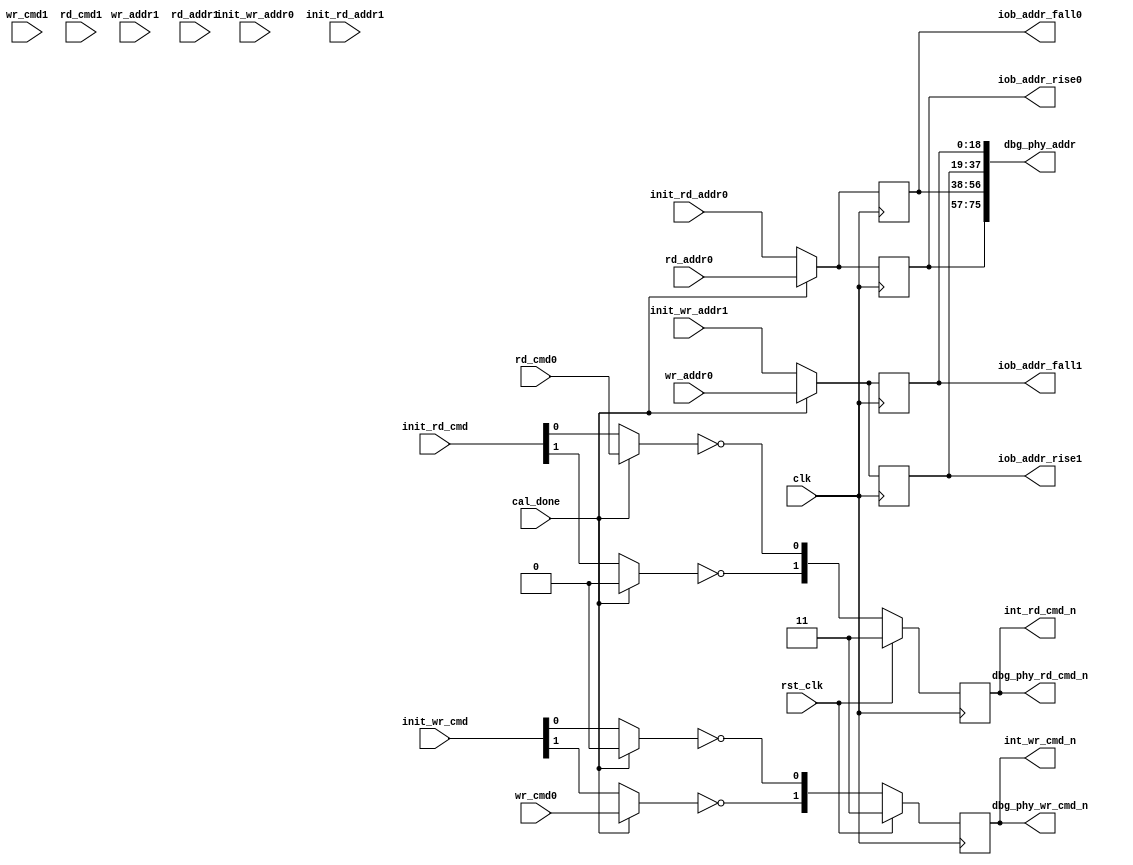
module mig_7series_v2_0_qdr_phy_write_control_io #(
  parameter BURST_LEN   = 4,      
  parameter ADDR_WIDTH  = 19,     
  parameter TCQ         = 100     
)
(
  input                           clk,              
  input                           rst_clk,       
  input                           wr_cmd0,          
  input                           wr_cmd1,          
  input       [ADDR_WIDTH-1:0]    wr_addr0,         
  input       [ADDR_WIDTH-1:0]    wr_addr1,         
  input                           rd_cmd0,          
  input                           rd_cmd1,          
  input       [ADDR_WIDTH-1:0]    rd_addr0,         
  input       [ADDR_WIDTH-1:0]    rd_addr1,         
  input       [1:0]               init_rd_cmd,      
  input       [1:0]               init_wr_cmd,      
  input       [ADDR_WIDTH-1:0]    init_wr_addr0,    
  input       [ADDR_WIDTH-1:0]    init_wr_addr1,    
  input       [ADDR_WIDTH-1:0]    init_rd_addr0,    
  input       [ADDR_WIDTH-1:0]    init_rd_addr1,    
  input                           cal_done,         
  output reg  [1:0]               int_rd_cmd_n,     
  output reg  [1:0]               int_wr_cmd_n,     
  output reg  [ADDR_WIDTH-1:0]    iob_addr_rise0,   
  output reg  [ADDR_WIDTH-1:0]    iob_addr_fall0,   
  output reg  [ADDR_WIDTH-1:0]    iob_addr_rise1,   
  output reg  [ADDR_WIDTH-1:0]    iob_addr_fall1,   
  output wire [1:0]               dbg_phy_wr_cmd_n,
  output wire [ADDR_WIDTH*4-1:0]  dbg_phy_addr,    
  output wire [1:0]               dbg_phy_rd_cmd_n 
);
  wire                  mux_rd_cmd0;
  wire                  mux_rd_cmd1;
  wire                  mux_wr_cmd0;
  wire                  mux_wr_cmd1;
  wire [ADDR_WIDTH-1:0] rd_addr0_r;
  wire [ADDR_WIDTH-1:0] rd_addr1_r;
  wire [ADDR_WIDTH-1:0] wr_addr0_r;
  wire [ADDR_WIDTH-1:0] wr_addr1_r;
  reg [ADDR_WIDTH-1:0]  wr_addr1_2r;
  assign dbg_phy_wr_cmd_n = int_wr_cmd_n;
  assign dbg_phy_rd_cmd_n = int_rd_cmd_n;
  assign dbg_phy_addr     = {iob_addr_rise0, iob_addr_fall0, 
                             iob_addr_rise1, iob_addr_fall1};
  wire [ADDR_WIDTH-1:0] mv_wr_addr0 = (BURST_LEN == 4) ? {ADDR_WIDTH{1'b0}} : wr_addr0;
  wire [ADDR_WIDTH-1:0] mv_wr_addr1 = (BURST_LEN == 4) ? wr_addr0 : wr_addr1;
  wire [ADDR_WIDTH-1:0] mv_rd_addr1 = (BURST_LEN == 4) ? {ADDR_WIDTH{1'b0}} : rd_addr1;
  assign rd_addr0_r  = (cal_done) ? rd_addr0 : init_rd_addr0;
  assign rd_addr1_r  = (cal_done) ? mv_rd_addr1 : init_rd_addr1;
  assign wr_addr0_r  = (cal_done) ? mv_wr_addr0 : init_wr_addr0;
  assign wr_addr1_r  = (cal_done) ? mv_wr_addr1 : init_wr_addr1;
  always @(posedge clk) 
    begin
      wr_addr1_2r <= #TCQ wr_addr1_r;
    end
  always @ (posedge clk)
    begin
      iob_addr_rise0 <=#TCQ (BURST_LEN == 4) ? rd_addr0_r : wr_addr1_2r;
      iob_addr_fall0 <=#TCQ (BURST_LEN == 4) ? rd_addr0_r : rd_addr0_r;
      iob_addr_rise1 <=#TCQ (BURST_LEN == 4) ? wr_addr1_r : wr_addr0_r;
      iob_addr_fall1 <=#TCQ (BURST_LEN == 4) ? wr_addr1_r : rd_addr1_r;
    end
  wire mv_wr_cmd0 = (BURST_LEN == 4) ? 1'b0 : wr_cmd0;
  wire mv_wr_cmd1 = (BURST_LEN == 4) ? wr_cmd0 : wr_cmd1;
  wire mv_rd_cmd1 = (BURST_LEN == 4) ? 1'b0 : rd_cmd1;
  assign mux_rd_cmd0 = (cal_done) ? rd_cmd0 : init_rd_cmd[0];
  assign mux_rd_cmd1 = (cal_done) ? mv_rd_cmd1 : init_rd_cmd[1];
  assign mux_wr_cmd0 = (cal_done) ? mv_wr_cmd0 : init_wr_cmd[0];
  assign mux_wr_cmd1 = (cal_done) ? mv_wr_cmd1 : init_wr_cmd[1];
  always @ (posedge clk)
    begin
      if (rst_clk) begin
        int_rd_cmd_n <=#TCQ 2'b11;
        int_wr_cmd_n <=#TCQ 2'b11;
      end else begin
        int_rd_cmd_n <=#TCQ {~mux_rd_cmd1, ~mux_rd_cmd0};
        int_wr_cmd_n <=#TCQ {~mux_wr_cmd1, ~mux_wr_cmd0};
      end
    end
endmodule